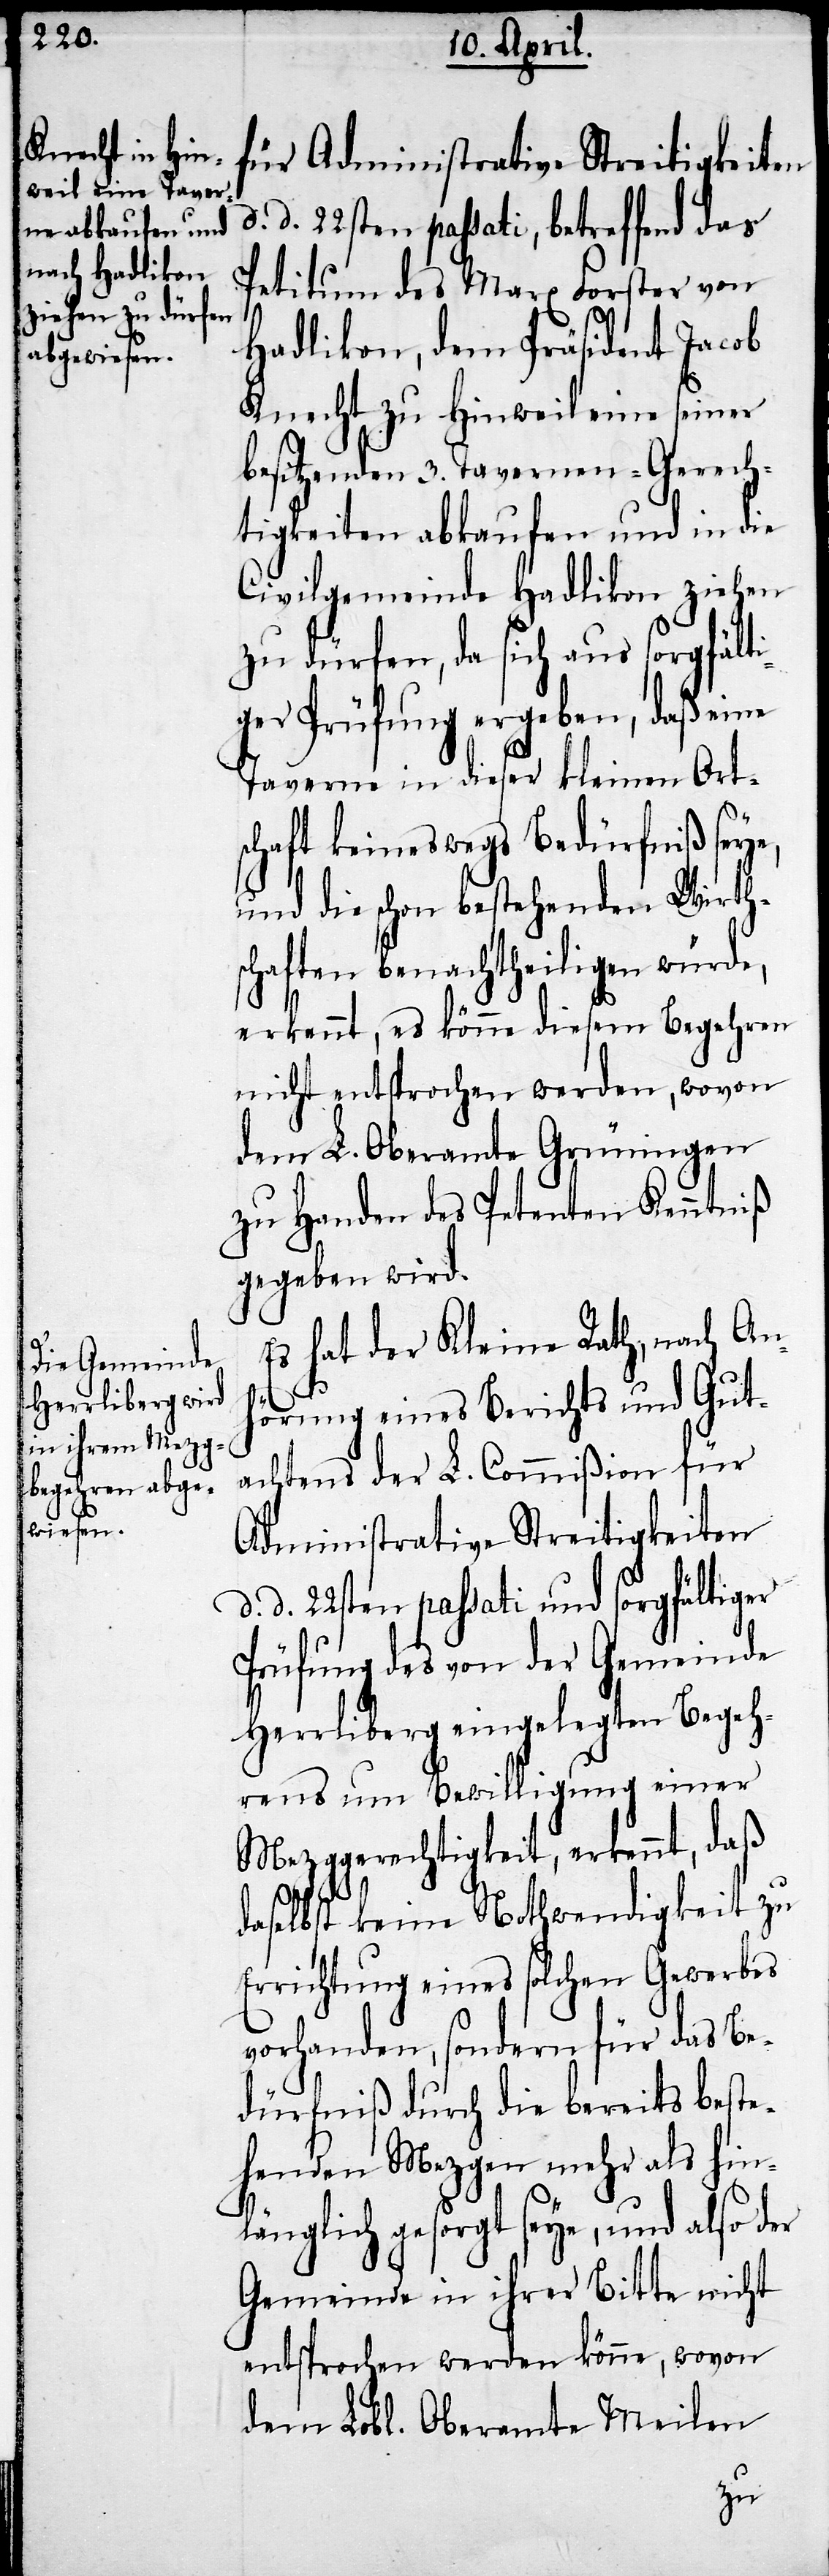
für Administrative Streitigkeiten
d. d. 22sten passati, betreffend das
Petitum des Marx Forster von
Dadlikon, dem Präsident Jacob
Knecht zu Hinweil eine seiner
besitzenden 3. Tavernen-Gerech¬
tigkeiten abkaufen und in die
Civilgemeinde Hadlikon ziehen
zu dürfen, da sich aus sorgfälti¬
ger Prüfung ergeben, daß eine
Taverne in dieser kleinen Ort¬
schaft keineswegs Bedürfniß seye,
und die schon bestehenden Wirth¬
schaften benachtheiligen würde,
erkennt, es könne diesem Begehren
nicht entsprochen werden, wovon
dem L. Oberamte Grüningen
zu Handen des Petenten Kenntniß
gegeben wird.
Es hat der Kleine Rath, nach Anh¬
örung eines Berichts und Gut¬
achtens der L. Commißion für
Administrative Streitigkeiten
d. d. 22sten passati und sorgfältiger
Prüfung des von der Gemeinde
Herrliberg eingelegten Begeh¬
rens um Bewilligung einer
Mezggerechtigkeit, erkennt, daß
daselbst keine Nothwendigkeit zu
Errichtung eines solchen Gewerbes
vorhanden, sondern für das Be¬
dürfniß durch die bereits beste¬
henden Mezgen mehr als hin¬
länglich gesorgt seye, und also der
Gemeinde in ihrer Bitte nicht
entsprochen werden könne, wovon
dem Lobl. Oberamte Meilen